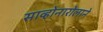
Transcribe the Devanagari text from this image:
साव्होनारोलाने